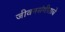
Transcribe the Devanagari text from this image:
जीवनसंगीताचे